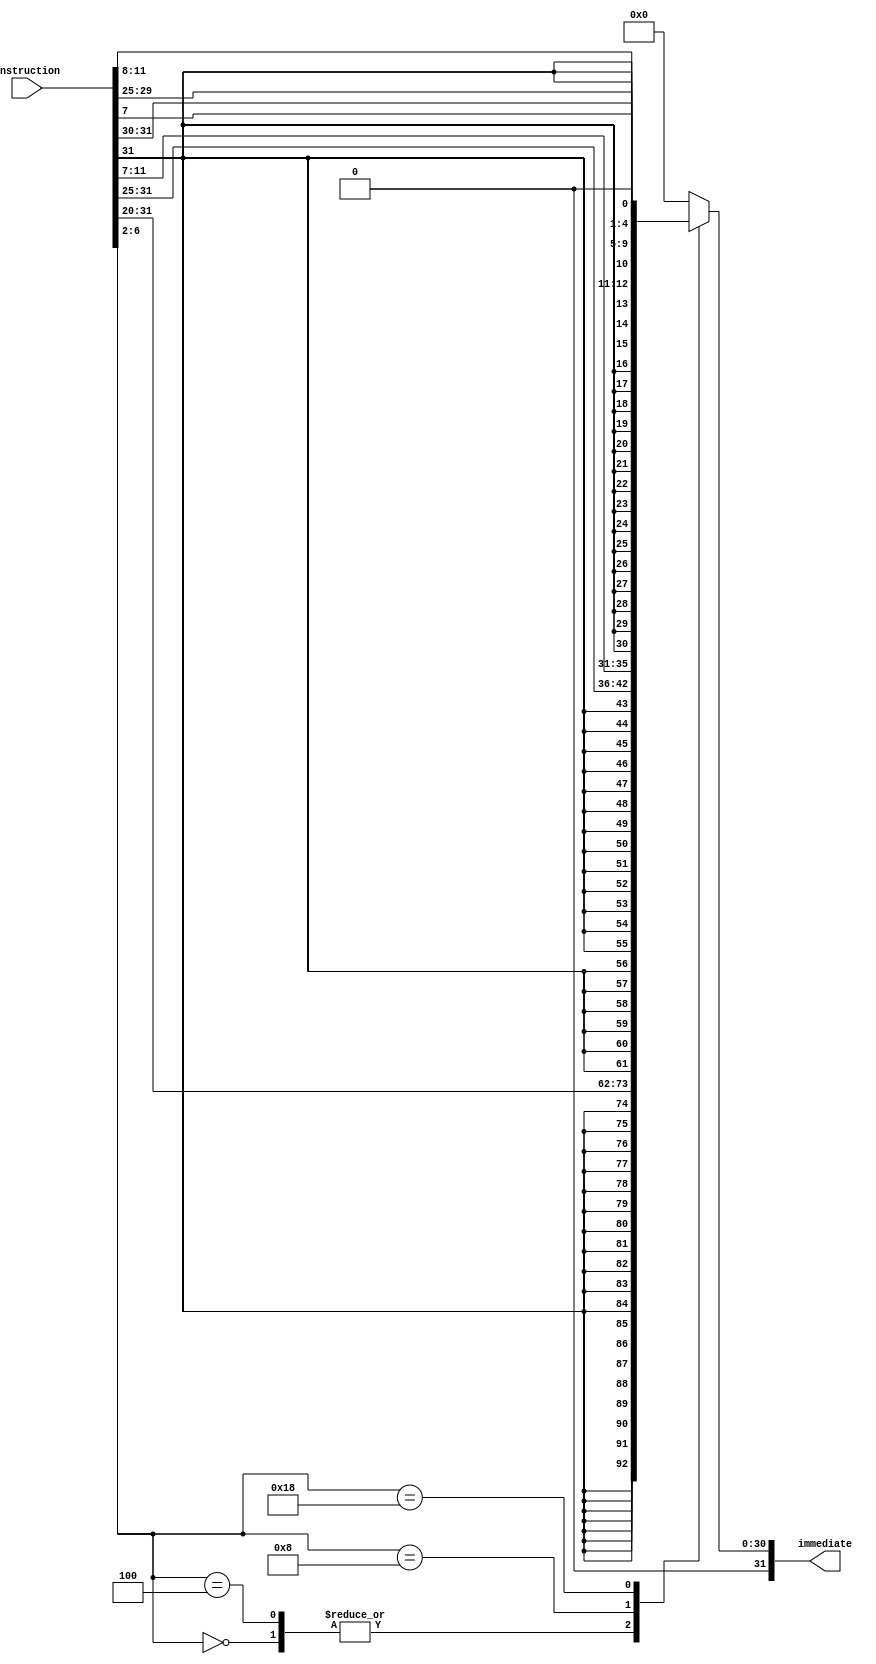
module immediate_generator(
  input           [31:0]    instruction,
  output   reg    [31:0]    immediate   
);


  localparam      I_TYPE_L     = 5'b 00000;
  localparam      I_TYPE_A     = 5'b 00100;
  localparam      S_TYPE       = 5'b 01000;
  localparam      SB_TYPE      = 5'b 11000;

  always @(*) begin
    case(instruction[6:2]) 
      I_TYPE_L: begin
        immediate = {{20{instruction[31]}}, instruction[30:20]};
      end
      I_TYPE_A: begin
        immediate = {{20{instruction[31]}}, instruction[30:20]};
      end
      S_TYPE: begin
        immediate = {{20{instruction[31]}}, instruction[30:25], instruction[11:7]};
      end
      SB_TYPE: begin
        immediate = {{19{instruction[31]}}, instruction[30], instruction[7], instruction[29:25], instruction[11:8], 1'b0};
      end
      default: begin
        immediate = 32'b 0;
      end
    endcase
  end
endmodule